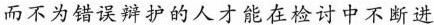
而不为错误辩护的人才能在检讨中不断进